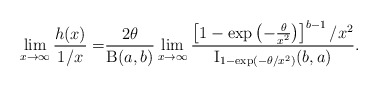
\begin{align*}\lim_{x\to\infty}\frac{h(x)}{1/x}=&\frac{2\theta}{\operatorname{B}(a,b)}\lim_{x\to\infty}\frac{\left[ 1-\exp\left(-\frac{\theta}{x^2}\right) \right]^{b-1}/x^2}{\operatorname{I}_{1-\exp(-\theta/x^2)}(b,a)}.\end{align*}